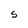
Character: S